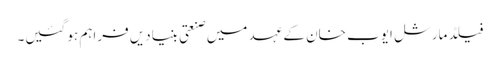
فیلڈ مارشل ایوب خان کے عہد میں صنعتی بنیادیں فراہم ہو گئیں۔